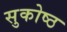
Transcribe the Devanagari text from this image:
सुकोष्ठ